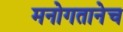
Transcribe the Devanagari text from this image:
मनोगतानेच